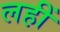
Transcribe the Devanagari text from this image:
लहीं